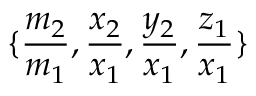
\{ \frac { m _ { 2 } } { m _ { 1 } } , \frac { x _ { 2 } } { x _ { 1 } } , \frac { y _ { 2 } } { x _ { 1 } } , \frac { z _ { 1 } } { x _ { 1 } } \}